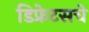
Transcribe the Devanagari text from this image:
डिफ्रेटसचे